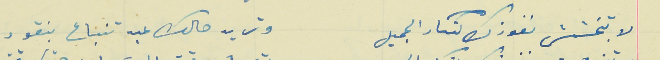
لا تبخشش نفوذك لنكار الجميل                                  وتريد حالك عبد تنباع بنقود